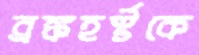
ব্রঙ্কহর্স্টকে